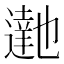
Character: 𮟉